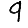
Digit: 9